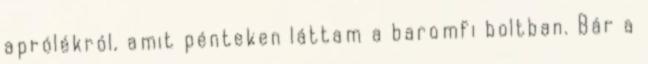
aprólékról, amit pénteken láttam a baromfi boltban. Bár a